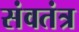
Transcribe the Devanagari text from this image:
संवतंत्र